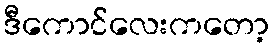
ဒီကောင်လေးကတော့